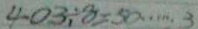
4 0 3 \div 8 = 5 0 \cdots 3